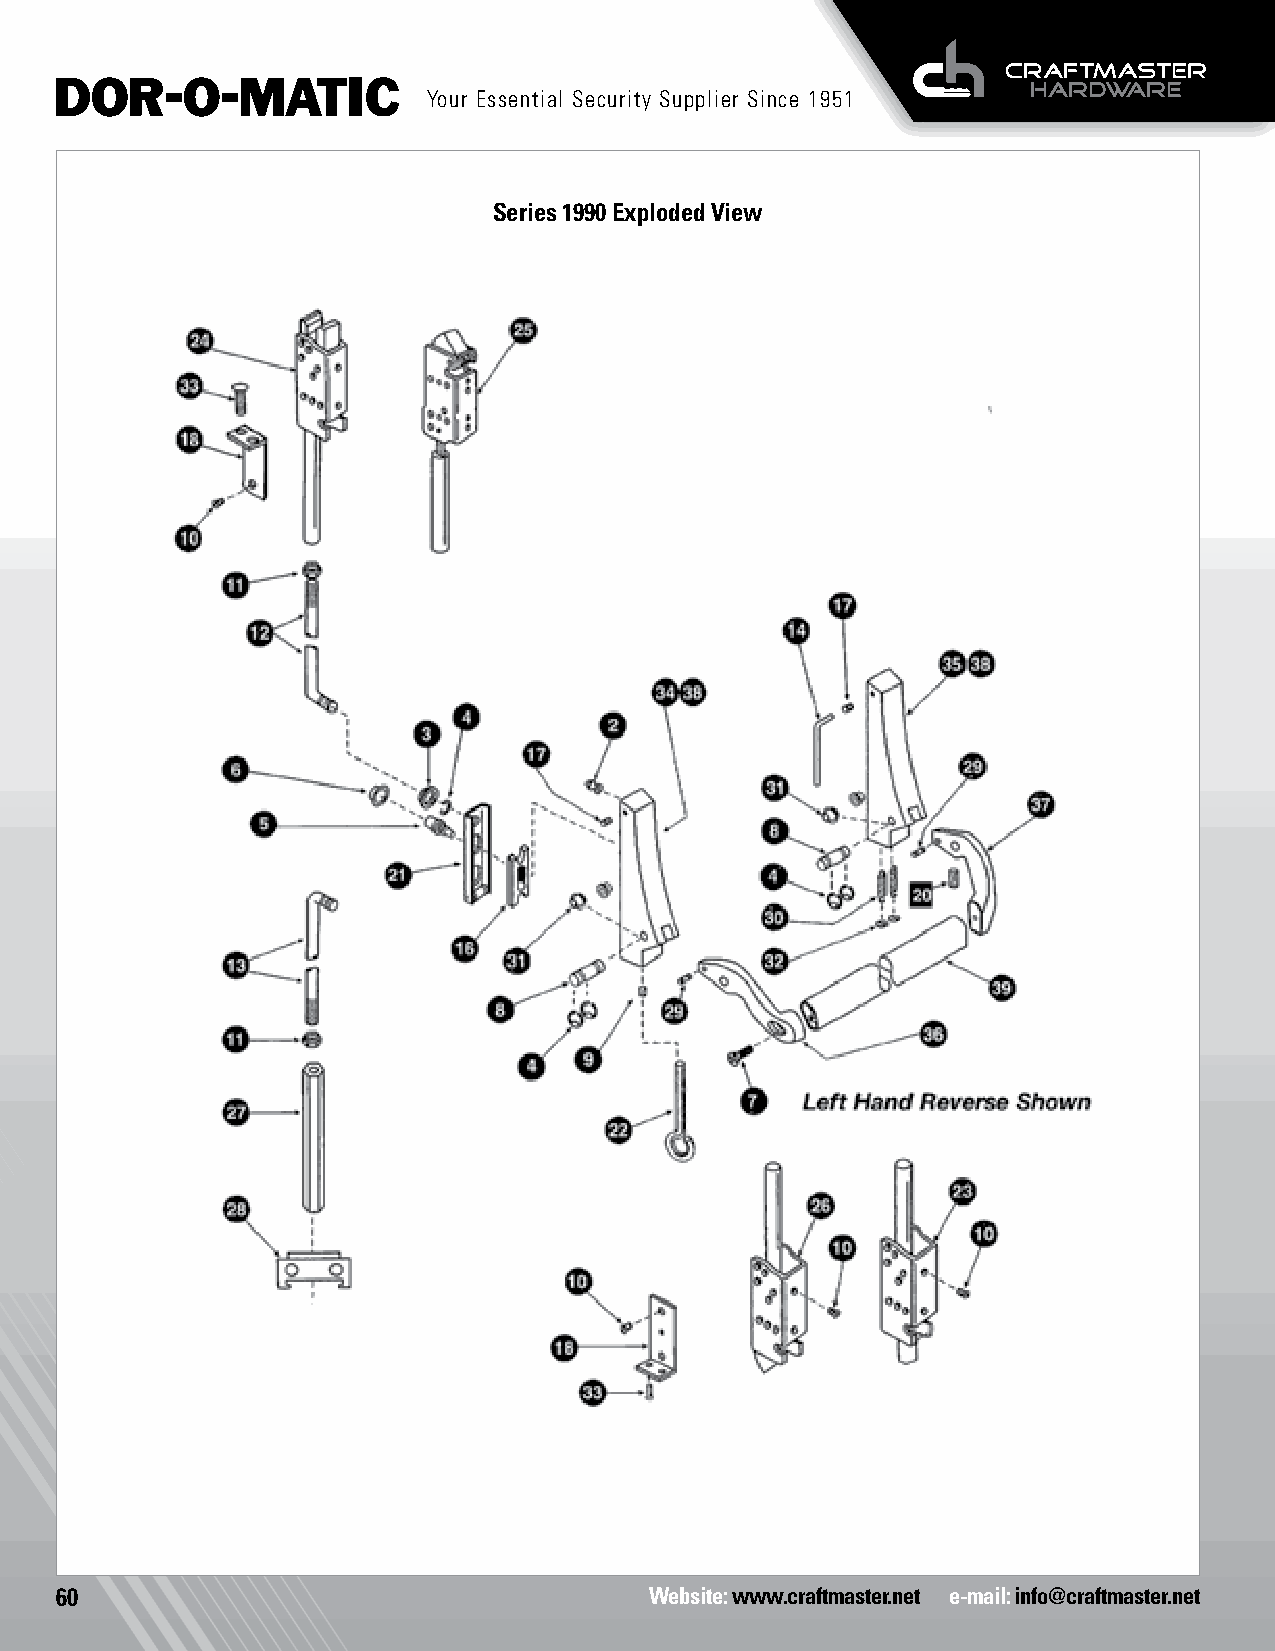
Your Essential Security Supplier Since 1951
 Series 1990 Exploded View
 60                                     Website: www.craftmaster.net e-mail: info@craftmaster.net